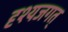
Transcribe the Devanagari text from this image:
दृश्यजगत्‌